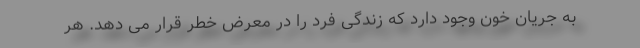
به جریان خون وجود دارد که زندگی فرد را در معرض خطر قرار می دهد. هر